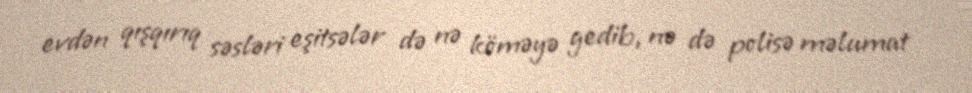
evdən qışqırıq səsləri eşitsələr də nə köməyə gedib, nə də polisə məlumat